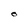
Character: O